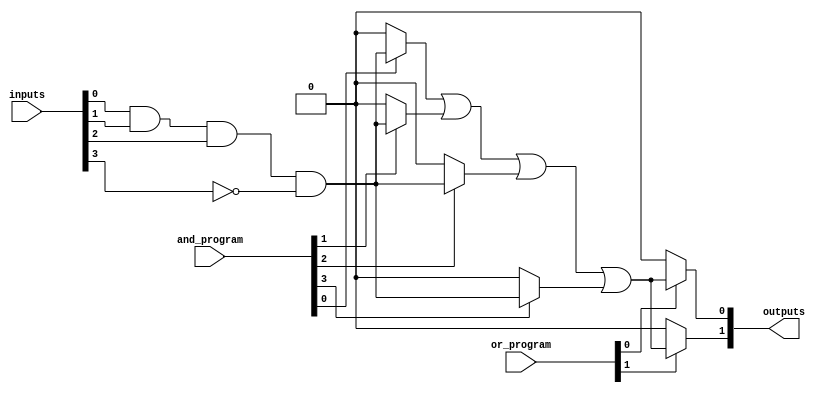
module fuse_based_PLA #(
    parameter NUM_INPUTS = 4,        // Number of inputs
    parameter NUM_PRODUCT_TERMS = 4,  // Number of product terms
    parameter NUM_OUTPUTS = 2         // Number of outputs
)(
    input wire [NUM_INPUTS-1:0] inputs,          // Input signals
    input wire [NUM_PRODUCT_TERMS-1:0] and_program, // Programming for AND array
    input wire [NUM_OUTPUTS-1:0] or_program,      // Programming for OR array
    output wire [NUM_OUTPUTS-1:0] outputs          // Output signals
);

    // Internal wires for product terms
    wire [NUM_PRODUCT_TERMS-1:0] product_terms;

    // AND Array: Generates product terms based on inputs and programming
    genvar i, j;
    generate
        for (i = 0; i < NUM_PRODUCT_TERMS; i = i + 1) begin : and_array
            wire [NUM_INPUTS-1:0] and_inputs;
            assign and_inputs = { ~inputs[NUM_INPUTS-1], inputs[NUM_INPUTS-2:0] }; // Including inverted inputs
            
            assign product_terms[i] = and_program[i] ? 
                (and_inputs[0] & and_inputs[1] & and_inputs[2] & and_inputs[3]) : 1'b0;
        end
    endgenerate

    // OR Array: Combines product terms into outputs based on programming
    generate
        for (j = 0; j < NUM_OUTPUTS; j = j + 1) begin : or_array
            assign outputs[j] = (or_program[j] ? 
                (product_terms[0] | product_terms[1] | product_terms[2] | product_terms[3]) : 1'b0);
        end
    endgenerate

endmodule